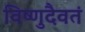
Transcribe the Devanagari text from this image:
विष्णुदैवतं